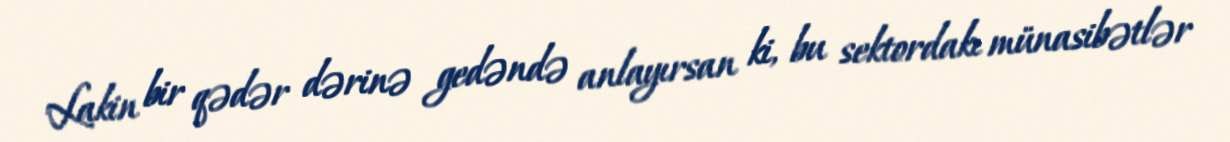
Lakin bir qədər dərinə gedəndə anlayırsan ki, bu sektordakı münasibətlər